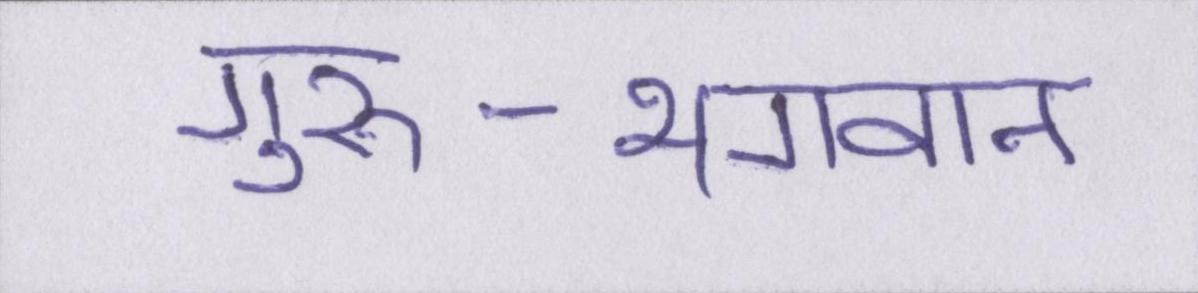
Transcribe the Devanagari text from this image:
गुरु-भगवान